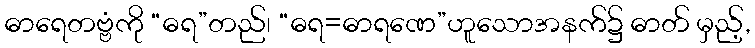
ဓာရေတဗ္ဗံကို “ဓရ”တည်၊ “ဓရ=ဓာရဏေ”ဟူသောအနက်၌ ဓာတ် မှည့်,